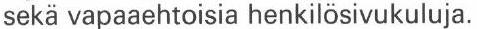
sekä vapaaehtoisia henkilösivukuluja.